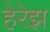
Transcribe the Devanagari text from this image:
हेरेझ